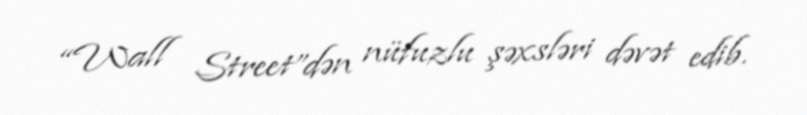
“Wall Street”dən nüfuzlu şəxsləri dəvət edib.